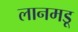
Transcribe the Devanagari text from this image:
लानमडू